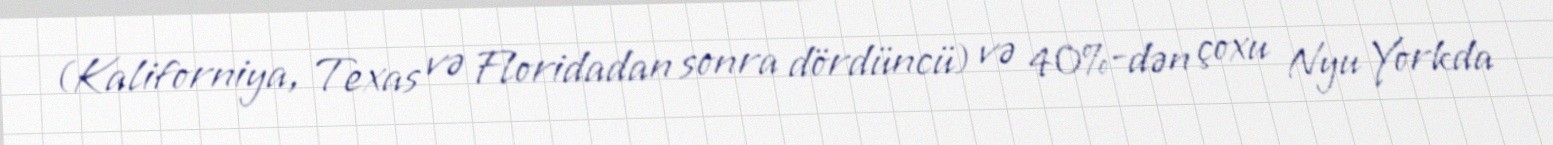
(Kaliforniya, Texas və Floridadan sonra dördüncü) və 40%-dən çoxu Nyu Yorkda